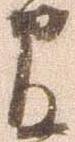
官